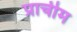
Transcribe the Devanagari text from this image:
प्राचीम